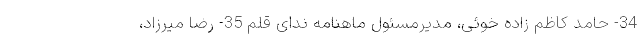
34- حامد کاظم زاده خوئی، مدیرمسئول ماهنامه ندای قلم 35- رضا ميرزاد،